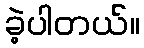
ခဲ့ပါတယ်။